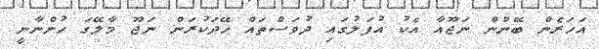
އަހަރެން ބޭނުން ނަޖޫއާ އެކު އުފަލުގައި ދުވަސްތައް ހޭދަކުރަން ނަޖޫ މާލޭގަ ހުންނާނީ